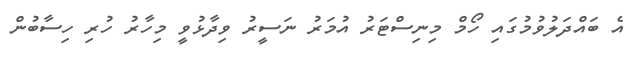
އެ ބައްދަލުވުމުގައި ހޯމް މިނިސްޓަރު އުމަރު ނަސީރު ވިދާޅުވީ މިހާރު ހުރި ހިސާބުން